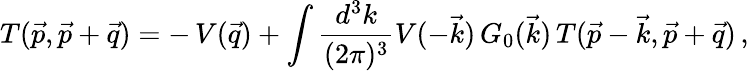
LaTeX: T(\vec{p},\vec{p}+\vec{q})=-\, V(\vec{q})+\int{\frac{d^{3}k}{(2\pi)^{3}}}V(-\vec{k})\, G_{0}(\vec{k})\, T(\vec{p}-\vec{k},\vec{p}+\vec{q})\, ,